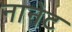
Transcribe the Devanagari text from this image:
नानेट